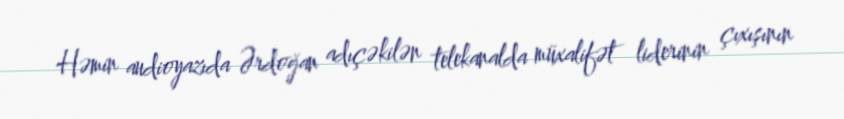
Həmin audioyazıda Ərdoğan adıçəkilən telekanalda müxalifət liderinin çıxışının